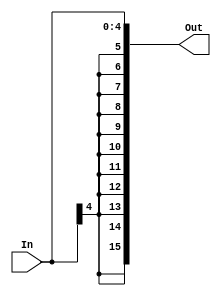
/********************************************************************************************************
/		MODULE: Bit8_SExt
/		PURPOSE: Given a 5 bit input sign extend it up to 16 bits
/
/		INPUTS: In[4:0] - Input to sign extend
/
/		OUTPUTS: Out[15:0] - Signed Extended output
********************************************************************************************************/
module Bits5_SExt(In, Out);

	input [4:0] In;
	
	output [15:0] Out;

	assign Out = {{11{In[4]}}, In[4:0]};
endmodule